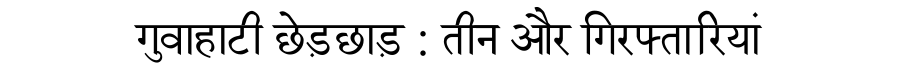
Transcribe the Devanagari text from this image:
गुवाहाटी छेड़छाड़ : तीन और गिरफ्तारियां